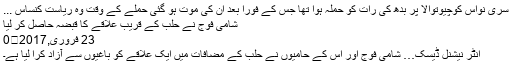
سری نواس کوچیوتوالا پر بدھ کی رات کو حملہ ہوا تھا جس کے فوراً بعد ان کی موت ہو گئی حملے کے وقت وہ ریاست کنساس ...
شامی فوج نے حلب کے قریب علاقے کا قبضہ حاصل کر لیا
23 فروری,2017	0
انٹر نیشنل ڈیسک… شامی فوج اور اس کے حامیوں نے حلب کے مضافات میں ایک علاقے کو باغیوں سے آزاد کرا لیا ہے۔